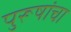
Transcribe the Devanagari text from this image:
पुरूषांचा